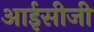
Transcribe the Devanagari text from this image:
आईसीजी